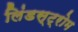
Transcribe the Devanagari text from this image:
लिंडस्ट्रोम